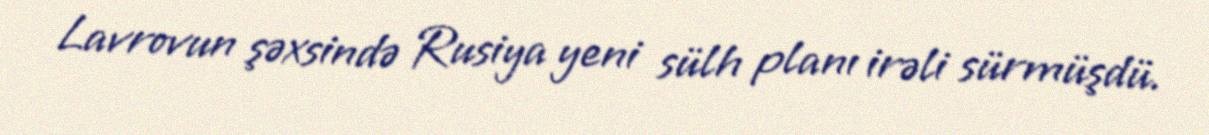
Lavrovun şəxsində Rusiya yeni sülh planı irəli sürmüşdü.